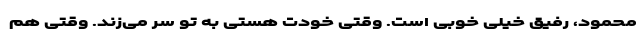
محمود، رفیق خیلی خوبی است. وقتی خودت هستی به تو سر می‌زند. وقتی هم